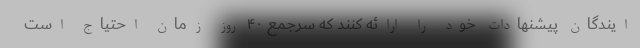
ایندگان پیشنهادات خود را ارائه کنند که سرجمع ۴۰ روز زمان احتیاج است